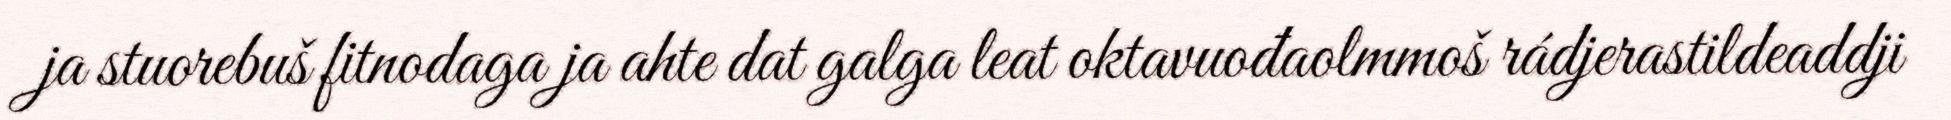
ja stuorebuš fitnodaga ja ahte dat galga leat oktavuođaolmmoš rádjerastildeaddji